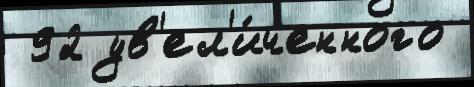
 92 ув'ел'и́ченного